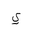
Letter: _ya